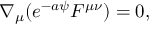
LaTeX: \nabla _ { \mu } ( e ^ { - a \psi } F ^ { \mu \nu } ) = 0 ,